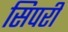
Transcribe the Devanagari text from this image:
सिपरी